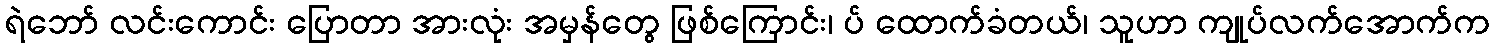
ရဲဘော် လင်းကောင်း ပြောတာ အားလုံး အမှန်တွေ ဖြစ်ကြောင်း၊ ပ် ထောက်ခံတယ်၊ သူဟာ ကျုပ်လက်အောက်က